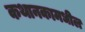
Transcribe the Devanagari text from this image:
कथानकामधील